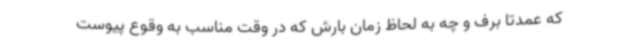
که عمدتا برف و چه به لحاظ زمان بارش که در وقت مناسب به وقوع پیوست